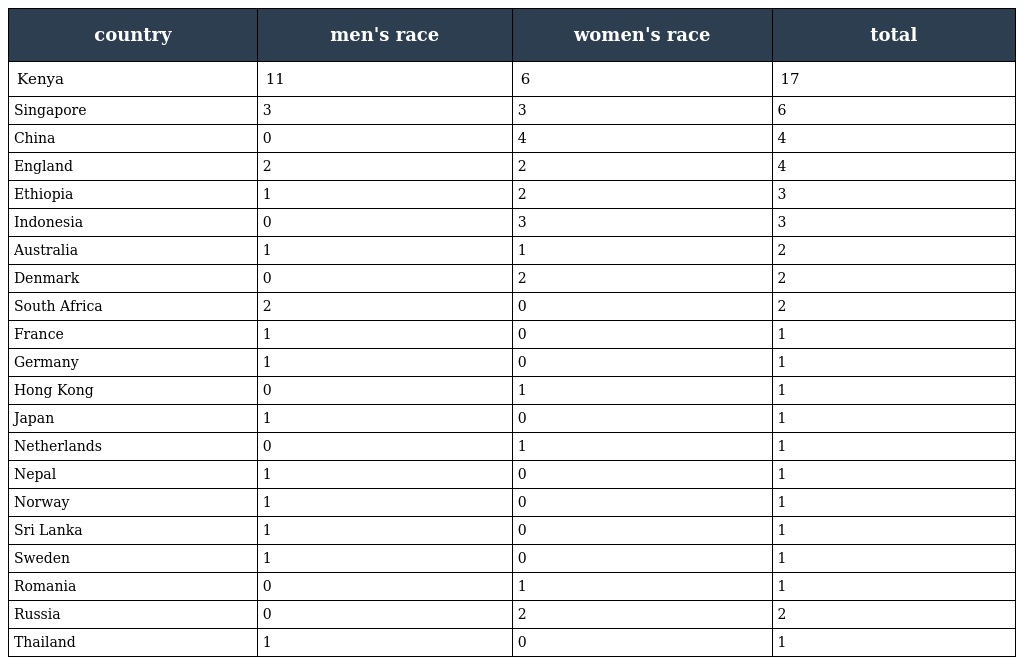
| country | men's race | women's race | total |
 | --- | --- | --- | --- |
 | Kenya | 11 | 6 | 17 |
 | Singapore | 3 | 3 | 6 |
 | China | 0 | 4 | 4 |
 | England | 2 | 2 | 4 |
 | Ethiopia | 1 | 2 | 3 |
 | Indonesia | 0 | 3 | 3 |
 | Australia | 1 | 1 | 2 |
 | Denmark | 0 | 2 | 2 |
 | South Africa | 2 | 0 | 2 |
 | France | 1 | 0 | 1 |
 | Germany | 1 | 0 | 1 |
 | Hong Kong | 0 | 1 | 1 |
 | Japan | 1 | 0 | 1 |
 | Netherlands | 0 | 1 | 1 |
 | Nepal | 1 | 0 | 1 |
 | Norway | 1 | 0 | 1 |
 | Sri Lanka | 1 | 0 | 1 |
 | Sweden | 1 | 0 | 1 |
 | Romania | 0 | 1 | 1 |
 | Russia | 0 | 2 | 2 |
 | Thailand | 1 | 0 | 1 |